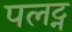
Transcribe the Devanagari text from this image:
पलट्न